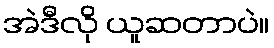
အဲဒီလို ယူဆတာပဲ။